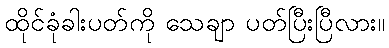
ထိုင်ခုံခါးပတ်ကို သေချာ ပတ်ပြီးပြီလား။